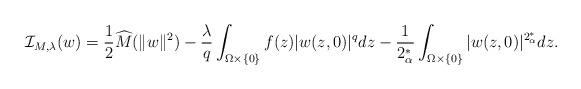
LaTeX: \begin{align*}\mathcal I_{M, \lambda}(w)=\frac{1}{2}\widehat M(\|w\|^2) -\frac{\lambda}{q}\int_{\Omega\times \{0\}} f(z)|w(z, 0)|^q dz-\frac{1}{2^*_\alpha}\int_{\Omega\times\{0\}} |w(z,0)|^{2^*_\alpha}dz.\end{align*}